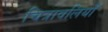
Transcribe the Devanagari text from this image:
चित्रावलियाँ